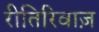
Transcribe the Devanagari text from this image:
रीतिरिवाज़